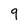
Character: 9